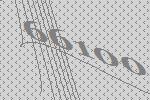
66100